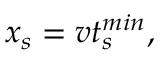
x _ { s } = v t _ { s } ^ { m i n } ,